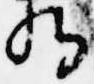
将